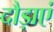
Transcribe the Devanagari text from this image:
दौड़ाएं